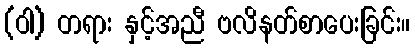
(ဝါ) တရား နှင့်အညီ ဗလိနတ်စာပေးခြင်း။